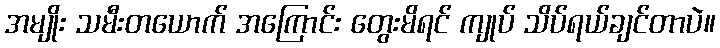
အမျိုး သမီးတယောက် အကြောင်း တွေးမိရင် ကျုပ် သိပ်ရယ်ချင်တာပဲ။